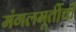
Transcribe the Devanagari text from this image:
मंगलमूर्तीची